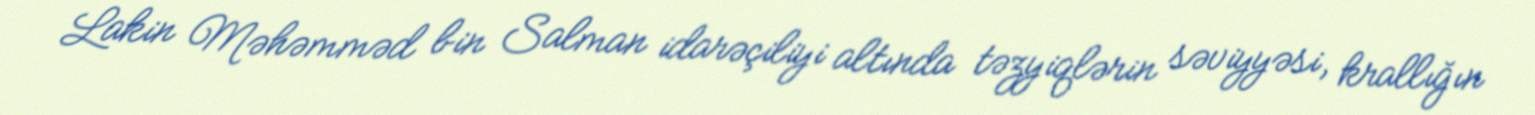
Lakin Məhəmməd bin Salman idarəçiliyi altında təzyiqlərin səviyyəsi, krallığın